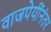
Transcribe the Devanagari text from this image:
वाजपेयींनंतर